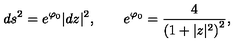
d s ^ { 2 } = e ^ { \varphi _ { 0 } } | d z | ^ { 2 } , \qquad e ^ { \varphi _ { 0 } } = { \frac { 4 } { \left( 1 + | z | ^ { 2 } \right) ^ { 2 } } } ,